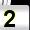
Digit: 2